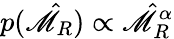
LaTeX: p(\hat{\mathscr{M}}_{R})\propto\hat{\mathscr{M}}_{R}^{\alpha}